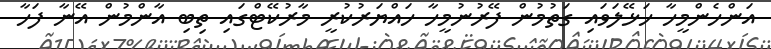
އަންހެންމީހާ ހަޅޭލަވައި ގަތުމުން ފޭރުނުމީހާ ހައްޔަރުކުރީ މާރުކޭޓްގައި ތިބި އާންމުން އޭނާ ފަހާ